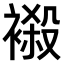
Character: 𧜁